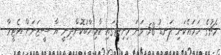
މެޗުގެ ހަމައެކަނި ލަނޑު 58 ވަނަ މިނިޓުގައި ކާމިޔާބުކޮށްދިނީ އާ ސީޒަނަށް އެޓީމާ